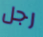
رجل